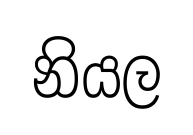
නියල